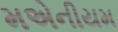
મએનીયમ